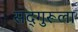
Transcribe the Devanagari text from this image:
सद्‌गुरूला